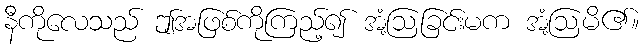
နီကိုလေသည် ဤအဖြစ်ကိုကြည့်၍ အံ့ဩခြင်းမက အံ့ဩမိ၏။